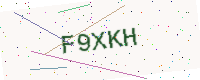
Text: F9XKH